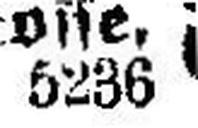
5236